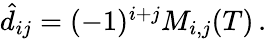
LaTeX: \begin{array}{r}{\hat{d}_{ij}=(-1)^{i+j}M_{i,j}(T)\, .}\end{array}